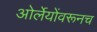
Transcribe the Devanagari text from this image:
ओर्लेयोंवरूनच